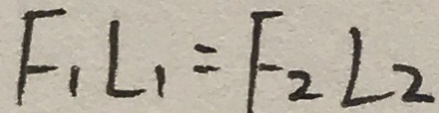
F _ { 1 } L _ { 1 } = F _ { 2 } L _ { 2 }